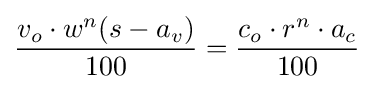
{v_{o}\cdot w^{n}(s-a_{v}) \over 100}={c_{o}\cdot r^{n}\cdot a_{c} \over 100}